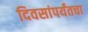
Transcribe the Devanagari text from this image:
दिवसांपर्यंतचा